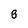
Character: g